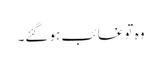
وہ تو غائب ہو گئے۔